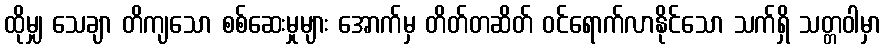
ထိုမျှ သေချာ တိကျသော စစ်ဆေးမှုများ အောက်မှ တိတ်တဆိတ် ဝင်ရောက်လာနိုင်သော သက်ရှိ သတ္တဝါမှာ